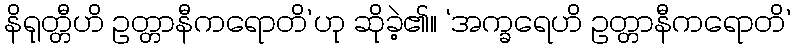
နိရုတ္တီဟိ ဥတ္တာနီကရောတိ’ဟု ဆိုခဲ့၏။ ‘အက္ခရေဟိ ဥတ္တာနီကရောတိ’